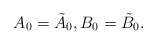
\begin{align*} A_0 = \tilde{A}_0, B_0 = \tilde{B}_0. \end{align*}